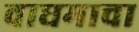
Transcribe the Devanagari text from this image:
वाघमाचा